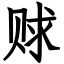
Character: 赇